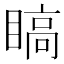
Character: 𬑣